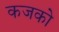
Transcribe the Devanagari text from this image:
कजको